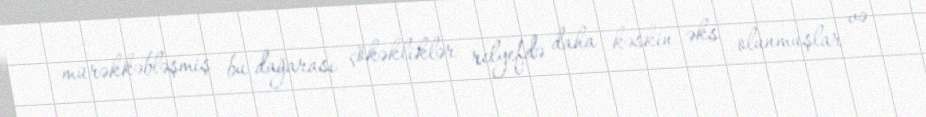
mürəkkəbləşmiş bu dağarası çökəkliklər relyefdə daha kəskin əks olunmuşlar və